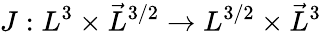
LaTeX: J:L^{3}\times\vec{L}^{3/2}\to L^{3/2}\times\vec{L}^{3}